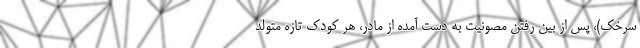
سرخک)، پس از بین رفتن مصونیت به دست آمده از مادر، هر کودک تازه متولد